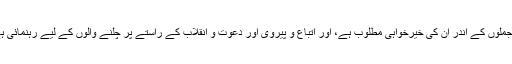
ان جملوں کے اندر ان کی خیرخواہی مطلوب ہے، اور اتباع و پیروی اور دعوت و انقلاب کے راستے پر چلنے والوں کے لیے رہنمائی ہے۔